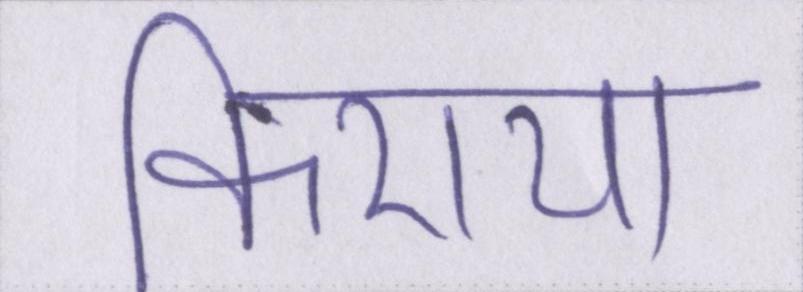
किराया